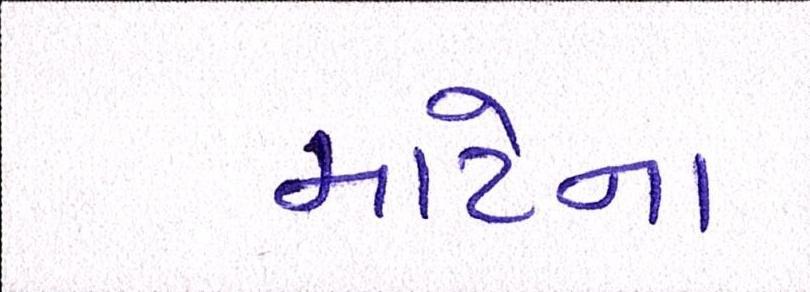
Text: માટેના